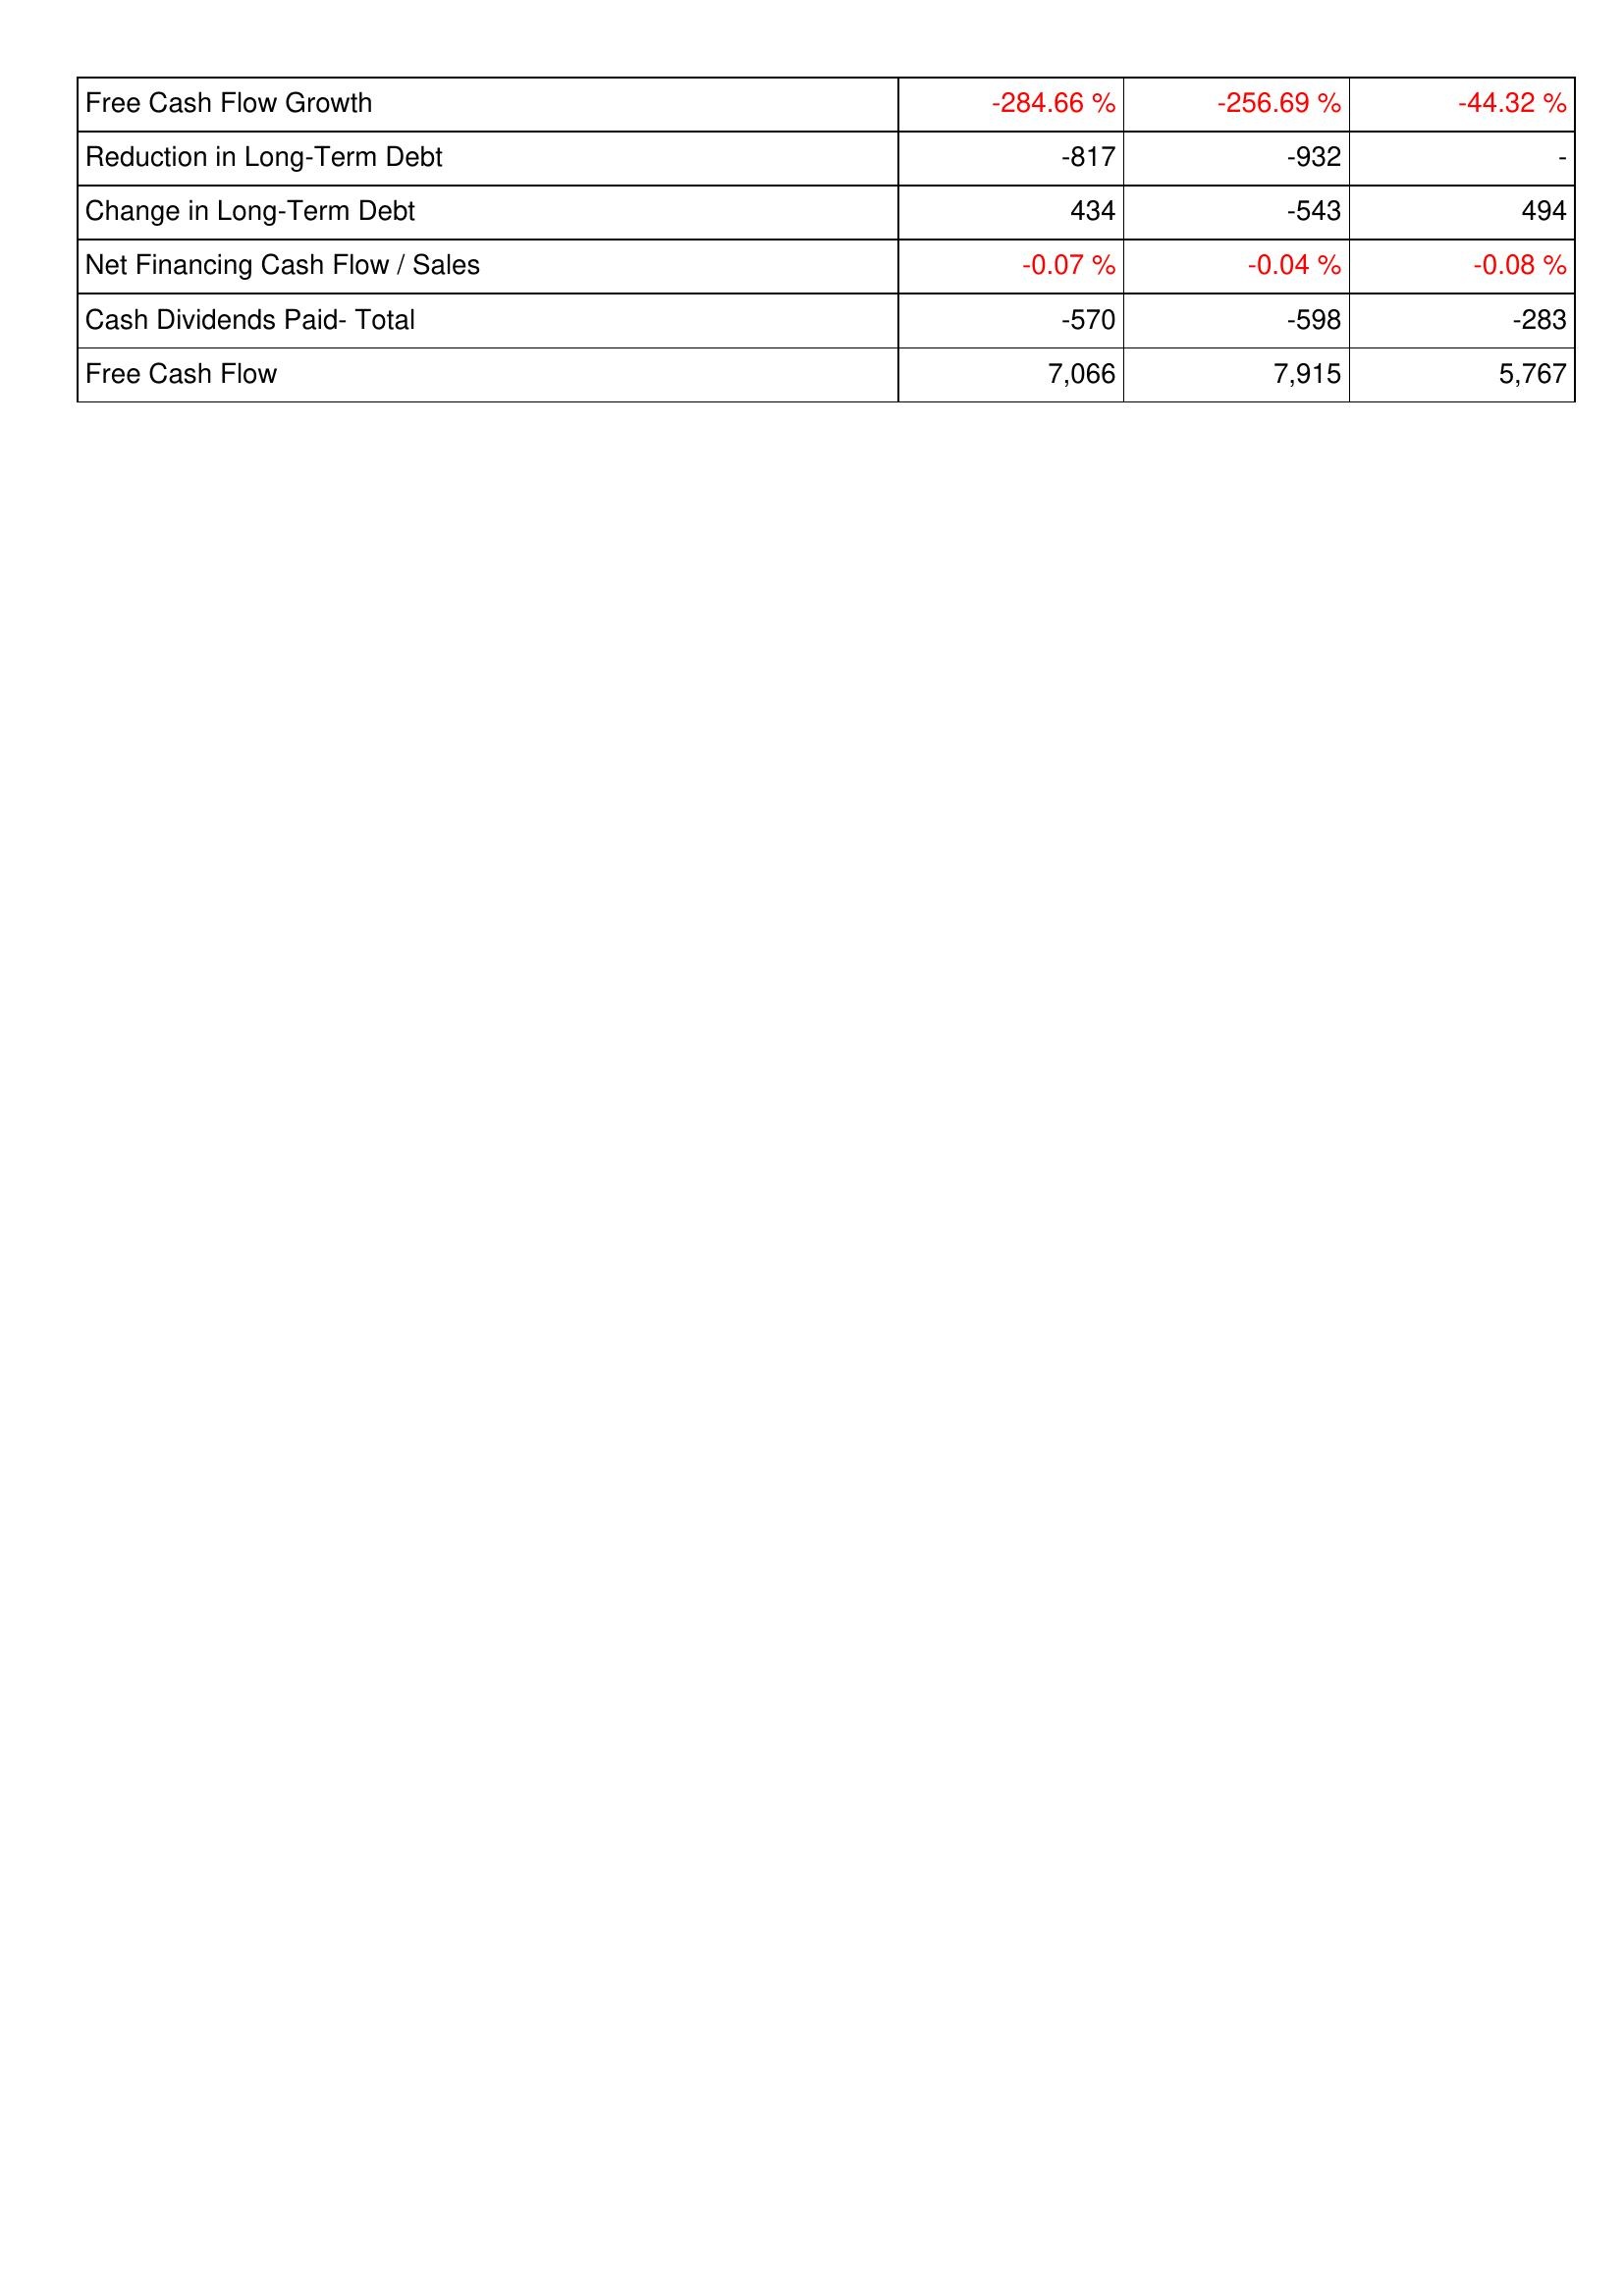
2019: Financing Activities: Free Cash Flow Growth: -284.66 %
Reduction in Long-Term Debt: -817
Change in Long-Term Debt: 434
Net Financing Cash Flow / Sales: -0.07 %
Cash Dividends Paid- Total: -570
Free Cash Flow: 7,066
2018: Financing Activities: Free Cash Flow Growth: -256.69 %
Reduction in Long-Term Debt: -932
Change in Long-Term Debt: -543
Net Financing Cash Flow / Sales: -0.04 %
Cash Dividends Paid- Total: -598
Free Cash Flow: 7,915
2017: Financing Activities: Free Cash Flow Growth: -44.32 %
Reduction in Long-Term Debt: -
Change in Long-Term Debt: 494
Net Financing Cash Flow / Sales: -0.08 %
Cash Dividends Paid- Total: -283
Free Cash Flow: 5,767